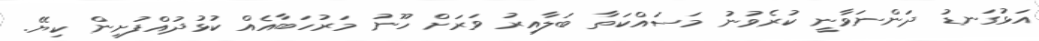
އަޅުގަނޑު ދަންނަވާނީ ކުރެވުނު މަސައްކަތާ ބަލާއިރު ވަރަށް ހޫނު މަރުހަބާއެއް ކުޅުދުއްފުށިން ކިޔޭ.